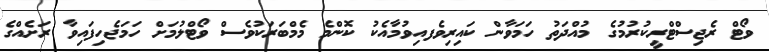
ވޯޓް ރެޖިސްޓްރީކުރުމުގެ މުއްދަތު ހަމަވާން ކައިރިވެފއިވުމާއެކު ކޮންމެ މެމްބަރަކުވެސް ވޯޓްލުމަށް ހަމަޖެހިފައިވާ ރަށެއްގެ